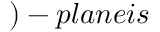
) - p l a n e i s